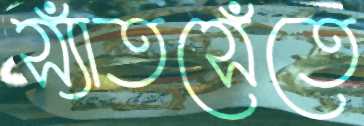
স্যাঁতসেঁতে